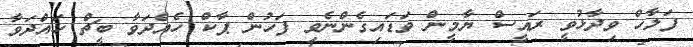
ފަލާހް ވިދާޅުވީ ރައީސް ޔާމީން ވަޑައިގެންނެވި ފަހުން ޕާކް ހެއްދަވާ ބީޗް ހައްދަވާ